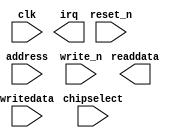
module nios_qsys_timer_0 (
		input  wire        clk,        //   clk.clk
		input  wire        reset_n,    // reset.reset_n
		input  wire [2:0]  address,    //    s1.address
		input  wire [15:0] writedata,  //      .writedata
		output wire [15:0] readdata,   //      .readdata
		input  wire        chipselect, //      .chipselect
		input  wire        write_n,    //      .write_n
		output wire        irq         //   irq.irq
	);
endmodule